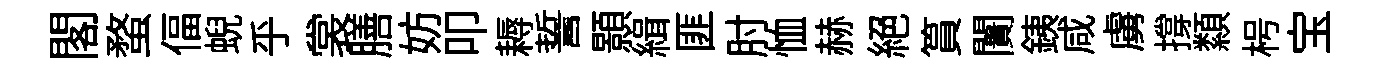
閣蝥偪蜺乎裳膳妨叩耨誓顥緝匪肘恤赫絕篔闠銕咸虜撐纇枵宝